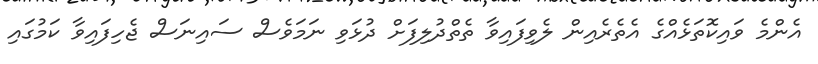
އެންމެ ވައިކޮތަޅެއްގެ އެތެރެއިން ލެވިފައިވާ ތެތްދުލިފަށް ދުޅަވި ނަމަވެސް ސައިނަސް ޖެހިފައިވާ ކަމުގައި